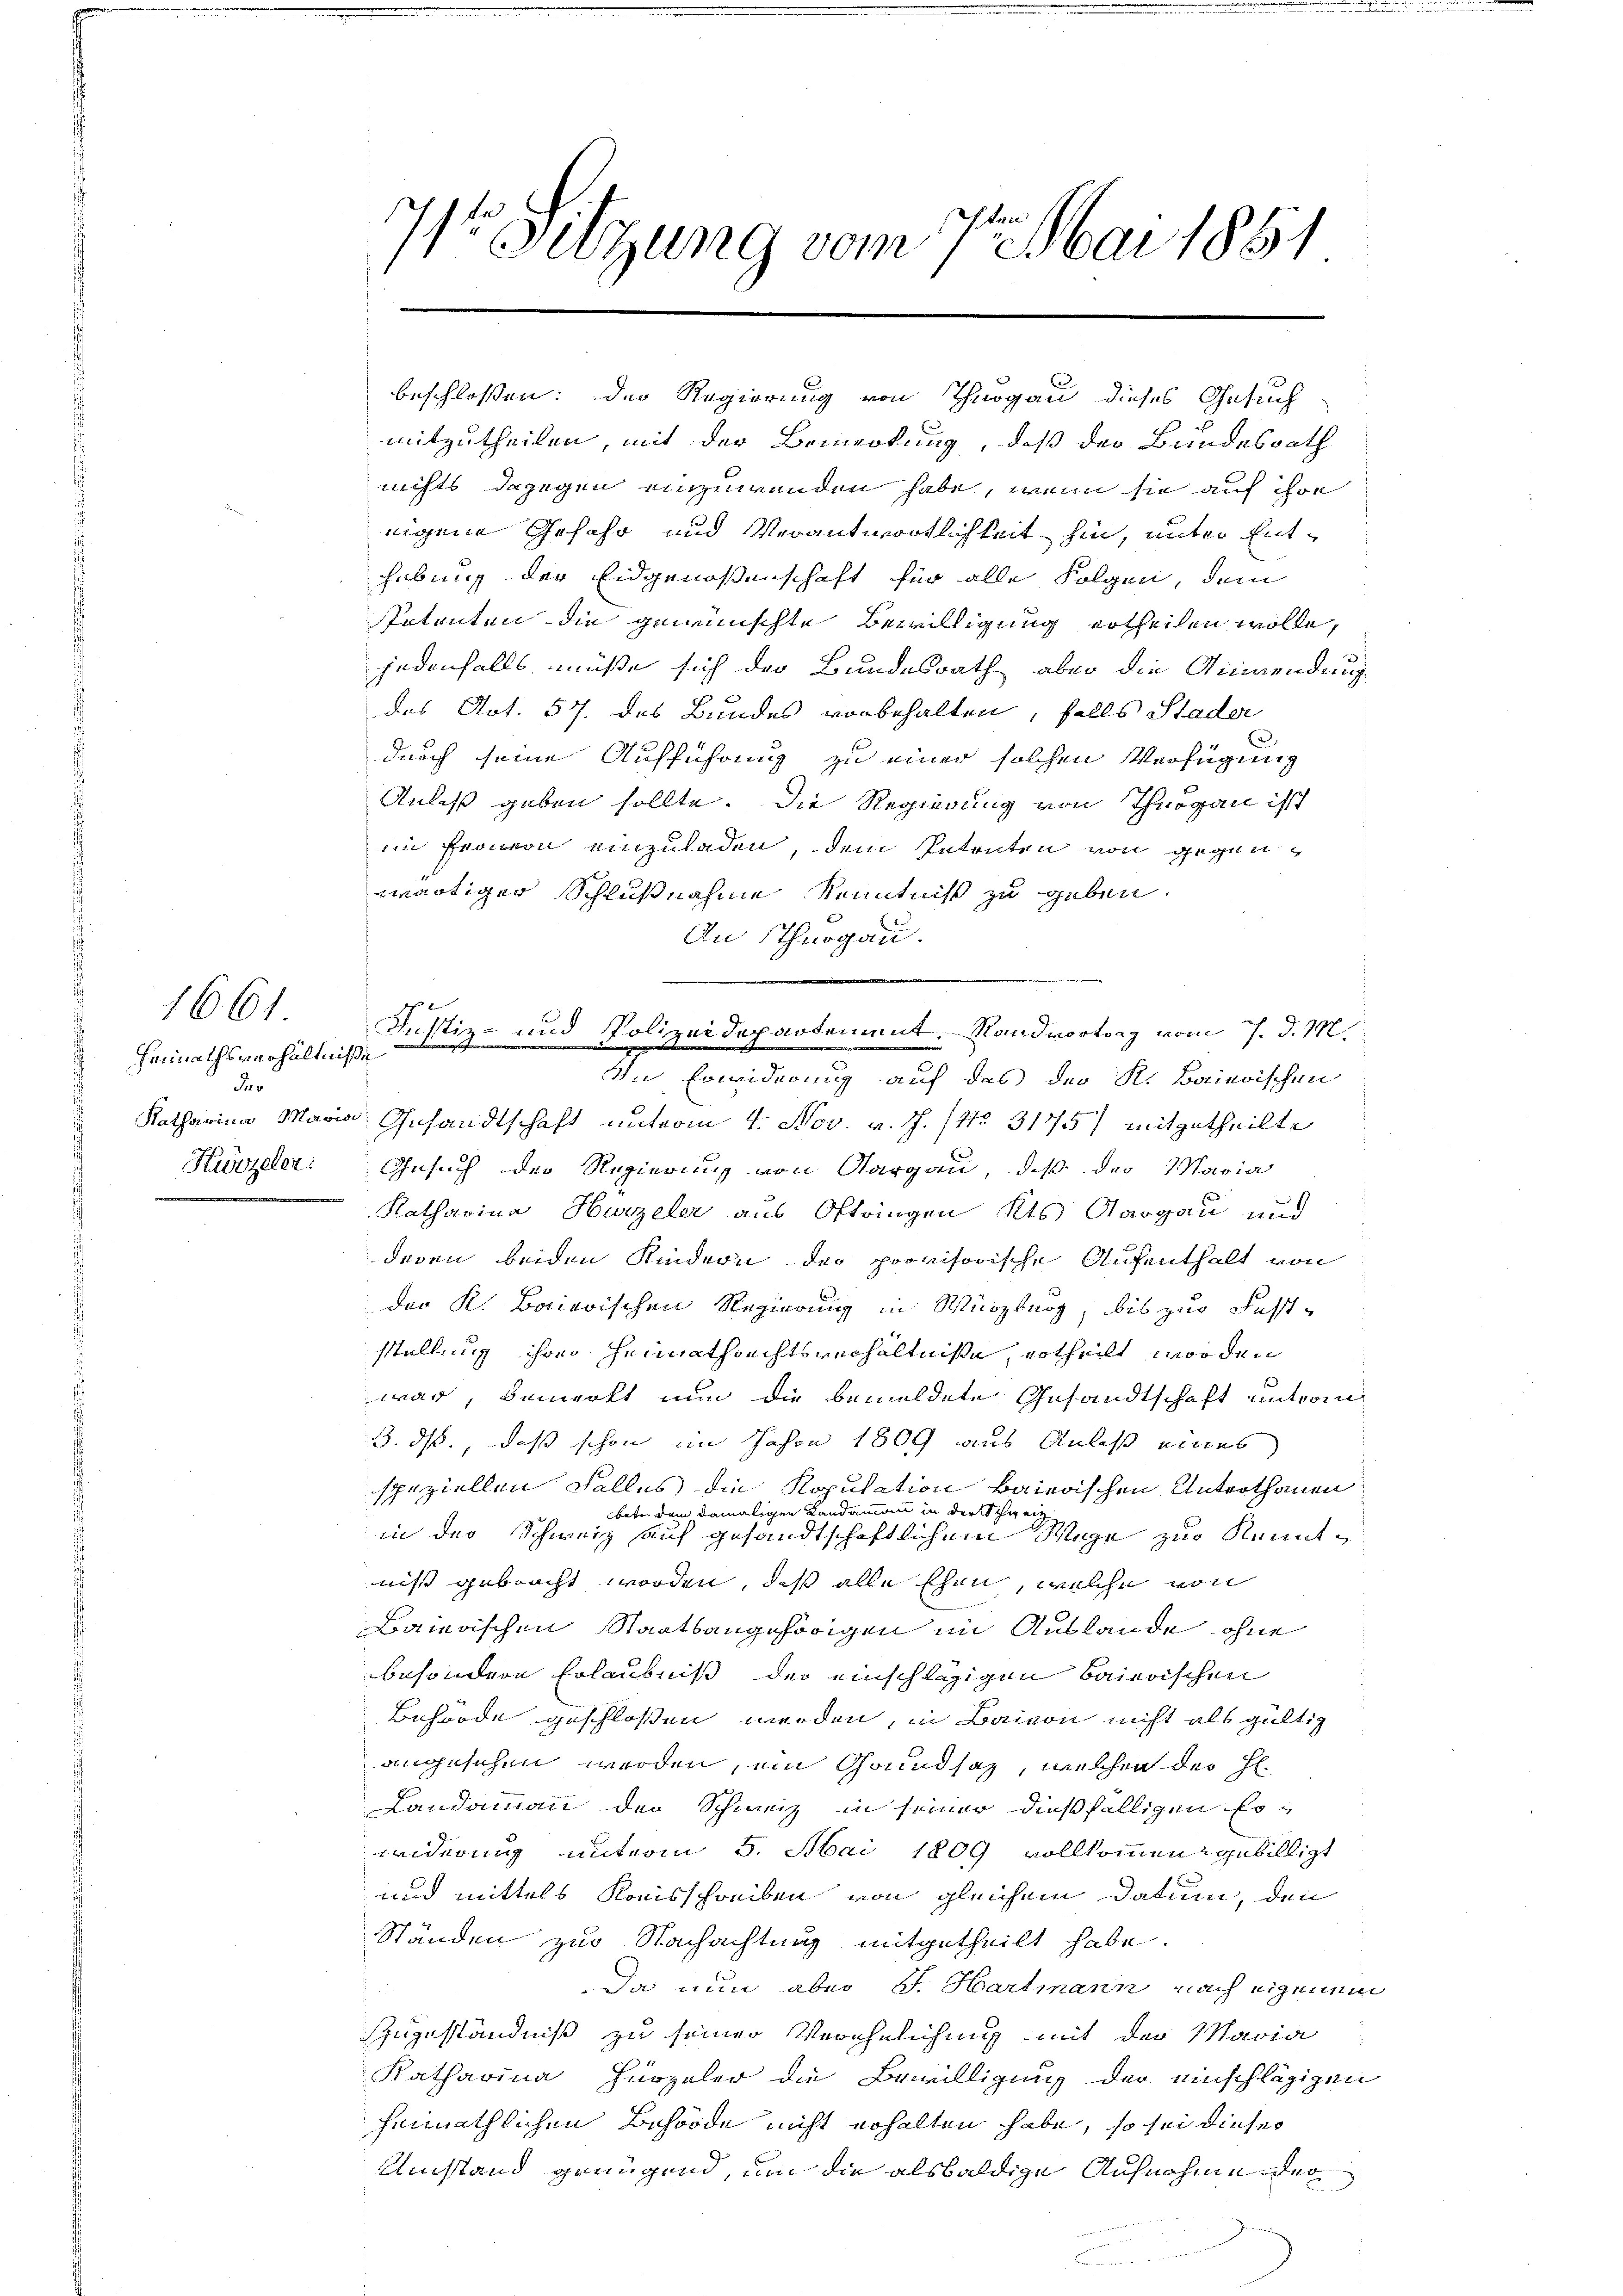
1661
Heimathsverhältniße
Fro
Kürzeler.

71. Sitzung vom 7. Mai 1881

beschlossen: Der Regierung von Thurgau dieses Gesuch
mitzutheilen, mit der Bemerkung, daß der Bundesrath
nichts dagegen einzuwenden habe, wenn sie auf ihre
nigene Gefahr und Verantwortlichkeit hin, unter Enthebung der Eidgenossenschaft für alle Folgen, dem
Patenten die gewünschte Bewilligung ertheilen wolle,
jedenfalls müße sich der Bundesrath aber die Anwendung
des Not. 57. des Bundes vorbehalten, falls Stader
u
durch seine Aufführung zu einer solchen Verfügung
Anlaß geben sollte. Die Regierung von Thurgau ist
im Fronon einzuladen, dem Intreten von gegenwärtiger Schlußnahme Kenntniß zu geben.
An Thurgau.
Justiz- und Polizeidepartement. Stand vortrag vom 7. d. M.
In Erwiderung auf das der K. Baierischen
Katharina Maria Gesandtschaft unterm 4. Nov. v. J. (No. 31755/ mitgetheilte
Gesuch der Regierung von Aargau, daß der Maria
Katharina Hurzeler aus Oftringen Kts. Aargau und
deren beiden Kindern der provisorische Aufenthalt von
der K. Baierischen Regierung in Würzburg, bis zur Faststellung ihre Heimathrechtsverhältnisse, ertheilt worden
war, bemerkt nun die bemeldete Gesandtschaft unterm
3. ds., daß schon im Jahre 1809 aus Anlaß eines
speziellen Falles die Kopulation baierischen Unterthanen
betr. dem damaligen Landammann in der Schwein
in der Schweiz auf gesandtschaftlichem Wege zur Kenntnis gebracht worden, daß alle Ehen, welche von
Baierischen Staatsangehörigen im Auslande ohne
besondere Erlaubniß der einschlägigen Baierischen
Behörde geschlossen werden, in Baion nicht als gültig
angesehen werden, ein Grundsaz, welchen der H.
Landammann der Schweiz in seiner dießfälligen Er-
reiderung unterm 5. Mai 1809 vollkommengebilligt
und mittels Kreisschreiben von gleichem Datum, den
Ständen zur Nachachtung mitgetheilt habe.
Da nun aber J. Hartmann nach eigenem
55.
ugeständniß zu seiner Verehelichung mit der Maria
Katharina Hirzeler die Bewilligung der einschlägigen
himathlichen Behörde nicht erhalten habe, so sei dieser
Uinstand genügend, um die alsbaldige Aufnahme der

mee hier mengeste |